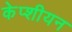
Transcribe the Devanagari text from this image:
केप्शीयन